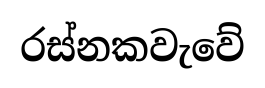
රස්නකවැවේ